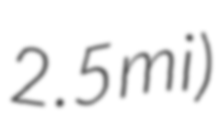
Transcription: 2.5 mi)